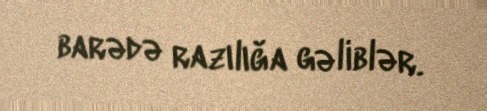
barədə razılığa gəliblər.